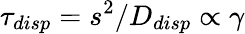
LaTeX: \tau_{disp}=s^{2}/D_{disp}\propto\gamma